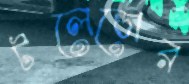
টলেডোর